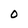
Character: 0